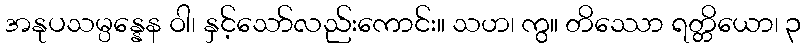
အနုပသမ္ပန္နေန ဝါ၊ နှင့်သော်လည်းကောင်း။ သဟ၊ ကွ။ တိဿော ရတ္တိယော၊ ၃